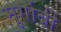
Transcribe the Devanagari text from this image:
मुर्गाबी